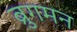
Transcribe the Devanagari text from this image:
ब्रुगमन